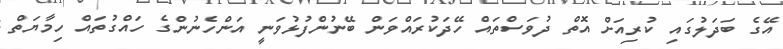
އޭގެ ބަދަލުގައި ކުރިއަށް އޮތް ދުވަސްތައް ހޭދަކުރައްވަން ބޭނުންފުޅުވަނީ އަންހެނުންގެ ހައްގުތައް ހިމާޔަތް